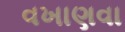
વખાણવા